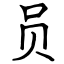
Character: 员